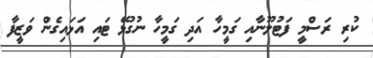
ކުރި ރަސްމީ ފަޓުލޫނާއި ގަމީހާ އަދި ގަމީހާ ނުގުޅޭ ޓައި އަޅައިގެން ވަޒީފާ